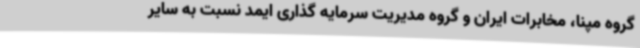
گروه مپنا، مخابرات ایران و گروه مدیریت سرمایه گذاری ایمد نسبت به سایر